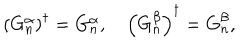
\left( G _ { n } ^ { \alpha } \right) ^ { \dagger } = G _ { n } ^ { \alpha } , \quad \left( G _ { n } ^ { \beta } \right) ^ { \dagger } = G _ { n } ^ { \beta } ,